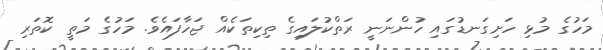
މަހުގެ މުޅި ހަށިގަނޑުގައި ހުންނަނީ ރަތްކުލައިގެ ތިކިތަކެއް ޖަހާފައެވެ. މަހުގެ މަތީ ކޮތަރި